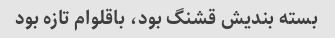
بسته بندیش قشنگ بود، باقلوام تازه بود